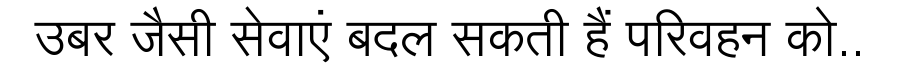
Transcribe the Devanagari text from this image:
उबर जैसी सेवाएं बदल सकती हैं परिवहन को..